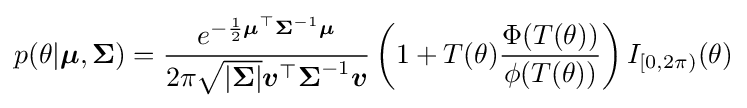
p(\theta |{\boldsymbol {\mu }},{\boldsymbol {\Sigma }})={\frac {e^{-{\frac {1}{2}}{\boldsymbol {\mu }}^{\top }{\boldsymbol {\Sigma }}^{-1}{\boldsymbol {\mu }}}}{2\pi {\sqrt {|{\boldsymbol {\Sigma }}|}}{\boldsymbol {v}}^{\top }{\boldsymbol {\Sigma }}^{-1}{\boldsymbol {v}}}}\left(1+T(\theta ){\frac {\Phi (T(\theta ))}{\phi (T(\theta ))}}\right)I_{[0,2\pi )}(\theta )